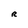
Character: R